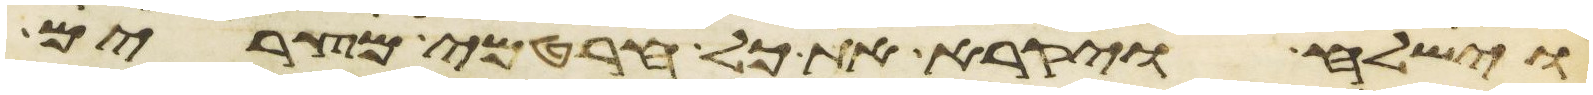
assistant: וישלח ויקרא את כל חרטמי מצרים